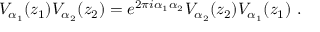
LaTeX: V _ { \alpha _ { 1 } } ( z _ { 1 } ) V _ { \alpha _ { 2 } } ( z _ { 2 } ) = e ^ { 2 \pi i \alpha _ { 1 } \alpha _ { 2 } } V _ { \alpha _ { 2 } } ( z _ { 2 } ) V _ { \alpha _ { 1 } } ( z _ { 1 } ) ~ .